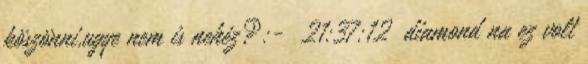
köszönni,ugye nem is nehéz?:- 21:37:12 diamond na ez volt